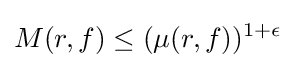
M(r,f)\leq (\mu (r,f))^{1+\epsilon }